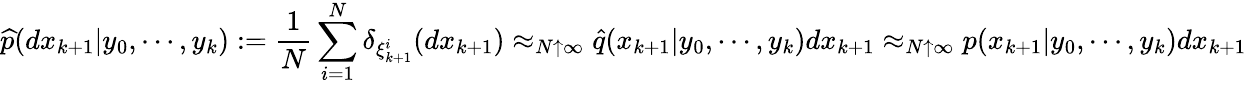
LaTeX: {\widehat{p}}(dx_{k+1}|y_{0},\cdots,y_{k}):={\frac{1}{N}}\sum_{i=1}^{N}\delta_{\xi_{k+1}^{i}}(dx_{k+1})\approx_{N\uparrow\infty}{\widehat{q}}(x_{k+1}|y_{0},\cdots,y_{k})dx_{k+1}\approx_{N\uparrow\infty}p(x_{k+1}|y_{0},\cdots,y_{k})dx_{k+1}